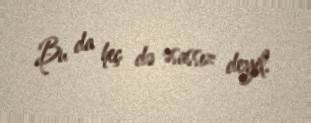
Bu da heç də əsassız deyil.